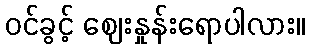
ဝင်ခွင့် ဈေးနှုန်းရောပါလား။